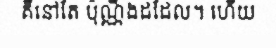
គឺនៅតែ ប៉ុណ្ណឹងដដែល។ ហើយ